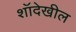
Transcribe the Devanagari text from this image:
शॉदेखील